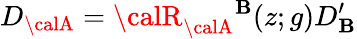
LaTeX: D_{{\calA}}={\calR}_{{\calA}}{}^{{\cal\mathbf{B}}}(z;g)D_{{\cal\mathbf{B}}}^{\prime}